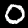
Digit: 0